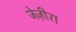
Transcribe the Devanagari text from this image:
जेज़ीरा